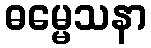
ဓမ္မေသနာ